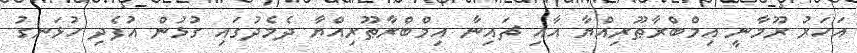
އަހަރު ރޫމާނީ އިމްބްރާޠޫރިއްޔާ އާއި ޗައިނާ އިމްބްރާޠޫރިއްޔާ ދެމެދުގައި ގުޅުން އުފެދި ހުޅަނގު